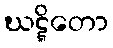
ဃဋ္ဋိတော